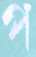
প